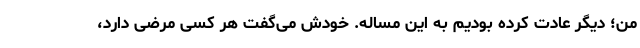
من؛ دیگر عادت کرده بودیم به این مساله. خودش می­گفت هر کسی مرضی دارد،